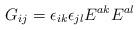
LaTeX: \begin{align*} G_{ij} = \epsilon_{ik} \epsilon_{jl} E^{ak} E^{al}\end{align*}